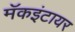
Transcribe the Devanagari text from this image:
मॅकइंटायर